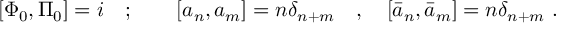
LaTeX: [ \Phi _ { 0 } , \Pi _ { 0 } ] = i \quad ; \qquad [ a _ { n } , a _ { m } ] = n \delta _ { n + m } \quad , \quad [ \bar { a } _ { n } , \bar { a } _ { m } ] = n \delta _ { n + m } \ .